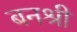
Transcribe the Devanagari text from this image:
बनश्री